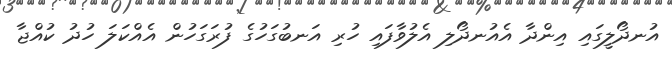
އުނދޯލީގައި އިންދާ އެއުނދޯލި އެލުވާފައި ހުރި އަނބުގަހުގެ ފުރަގަހުން އެއްކަލަ ހުދު ކުއްޖާ